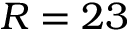
R = 2 3